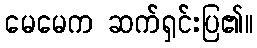
မေမေက ဆက်ရှင်းပြ၏။